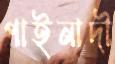
পাইনাদী